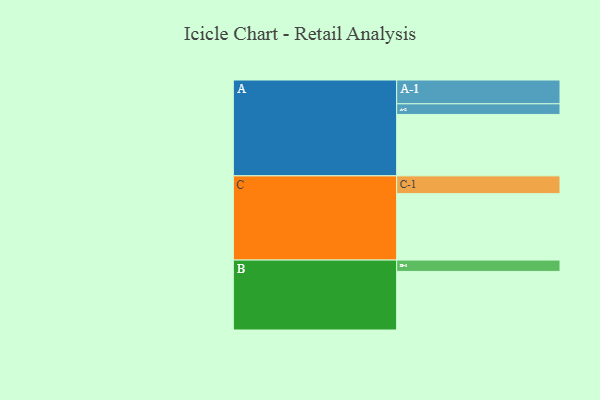
{"axis": {"x": "Segment", "y": "Value"}, "legend": ["", "A", "B", "C"], "data": [{"x": "A", "y": 542, "type": ""}, {"x": "B", "y": 517, "type": ""}, {"x": "C", "y": 586, "type": ""}, {"x": "A-1", "y": 210, "type": "A"}, {"x": "A-2", "y": 94, "type": "A"}, {"x": "B-1", "y": 100, "type": "B"}, {"x": "C-1", "y": 157, "type": "C"}]}